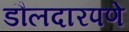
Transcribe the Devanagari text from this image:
डौलदारपणे